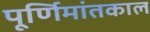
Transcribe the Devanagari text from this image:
पूर्णिमांतकाल